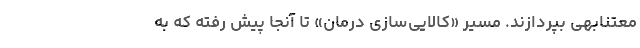
معتنابهی بپردازند. مسیر «کالایی‌سازی درمان» تا آنجا پیش رفته که به